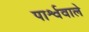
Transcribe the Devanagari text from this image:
पार्श्ववाले